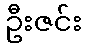
ဦးဇင်း